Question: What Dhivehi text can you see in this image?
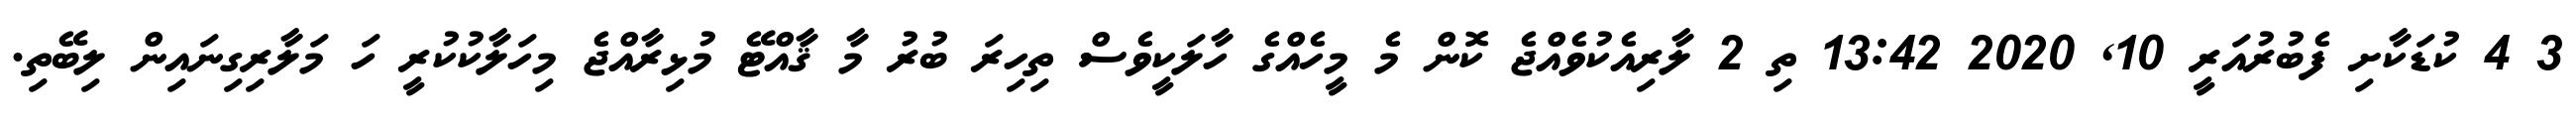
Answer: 3 4 ކުޑަކާށި ފެބުރުއަރީ 10, 2020 13:42 ތި 2 ލާރިއެކުވެއްޖެ ކޮން މެ މީހެއްގެ ހާލަކީވެސް ތިހިރަ ބުރު މާ ޤާއްޓޭ މުޅިރާއްޖެ މިހަލާކުކުރީ ހަ މަލާރިގިނައިން ލިބޭތި.